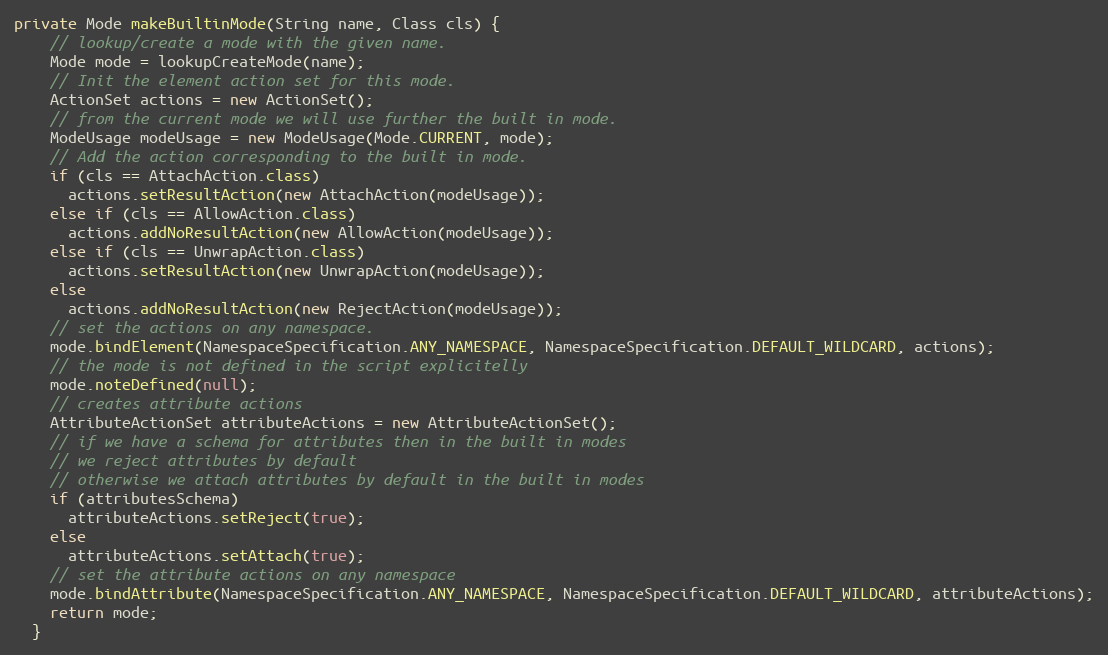
Language: Java
private Mode makeBuiltinMode(String name, Class cls) {
    // lookup/create a mode with the given name.
    Mode mode = lookupCreateMode(name);
    // Init the element action set for this mode.
    ActionSet actions = new ActionSet();
    // from the current mode we will use further the built in mode.
    ModeUsage modeUsage = new ModeUsage(Mode.CURRENT, mode);
    // Add the action corresponding to the built in mode.
    if (cls == AttachAction.class)
      actions.setResultAction(new AttachAction(modeUsage));
    else if (cls == AllowAction.class)
      actions.addNoResultAction(new AllowAction(modeUsage));
    else if (cls == UnwrapAction.class)
      actions.setResultAction(new UnwrapAction(modeUsage));
    else
      actions.addNoResultAction(new RejectAction(modeUsage));
    // set the actions on any namespace.
    mode.bindElement(NamespaceSpecification.ANY_NAMESPACE, NamespaceSpecification.DEFAULT_WILDCARD, actions);
    // the mode is not defined in the script explicitelly
    mode.noteDefined(null);
    // creates attribute actions
    AttributeActionSet attributeActions = new AttributeActionSet();
    // if we have a schema for attributes then in the built in modes
    // we reject attributes by default
    // otherwise we attach attributes by default in the built in modes
    if (attributesSchema)
      attributeActions.setReject(true);
    else
      attributeActions.setAttach(true);
    // set the attribute actions on any namespace
    mode.bindAttribute(NamespaceSpecification.ANY_NAMESPACE, NamespaceSpecification.DEFAULT_WILDCARD, attributeActions);
    return mode;
  }